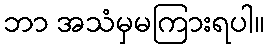
ဘာ အသံမှမကြားရပါ။